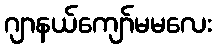
ဂျာနယ်ကျော်မမလေး